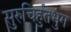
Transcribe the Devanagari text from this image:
सुरुचिर्हुतभुग